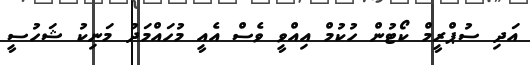
އަދި ސުޕްރީމް ކޯޓުން ހުކުމް އިއްވީ ވެސް އެއީ މުހައްމަދު މަނިކު ޝަހުސީ